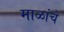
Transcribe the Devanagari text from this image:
माळांचे